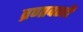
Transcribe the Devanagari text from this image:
व्रणावरही